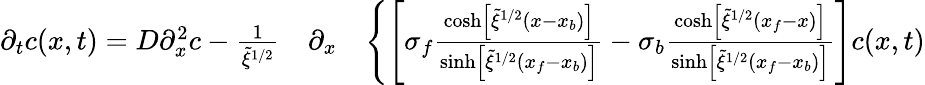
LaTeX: \begin{array}{rlr}{\partial_{t}c(x,t)=D\partial_{x}^{2}c-\frac{1}{\tilde{\xi}^{1/2}}}&{{}\partial_{x}}&{\left\{ \left[\sigma_{f}\frac{\cosh\left[\tilde{\xi}^{1/2}(x-x_{b})\right]}{\sinh\left[\tilde{\xi}^{1/2}(x_{f}-x_{b})\right]}-\sigma_{b}\frac{\cosh\left[\tilde{\xi}^{1/2}(x_{f}-x)\right]}{\sinh\left[\tilde{\xi}^{1/2}(x_{f}-x_{b})\right]}\right]c(x,t)\right.}\end{array}